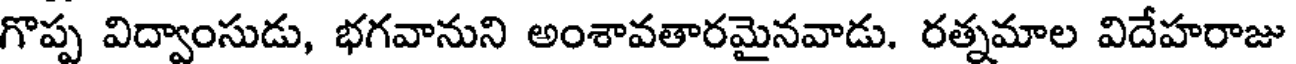
గొప్ప విద్వాంసుడు, భగవానుని అంశావతారమైనవాడు. రత్నమాల విదేహరాజు